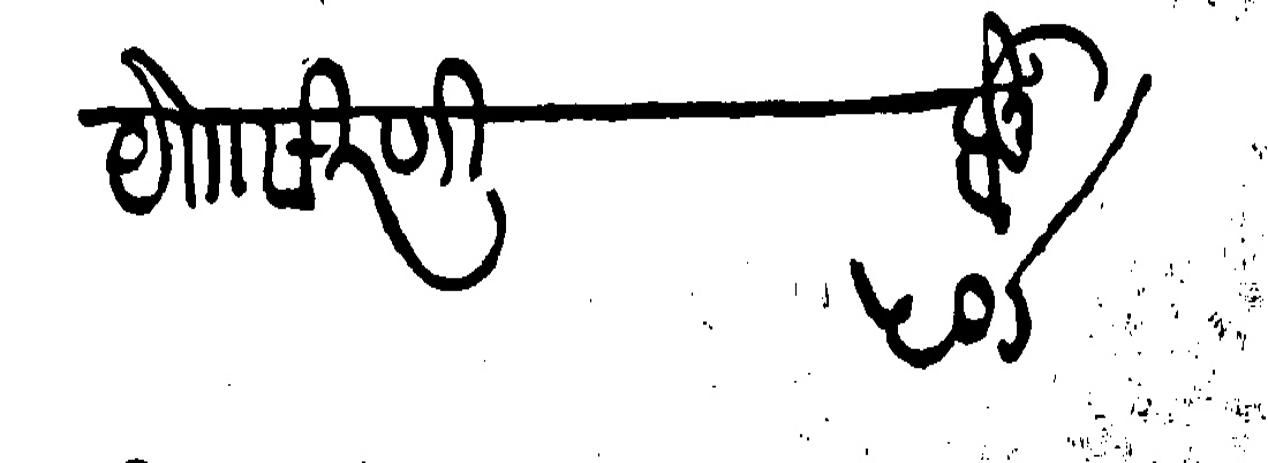
Transliteration (Devanagari): या सिरणी होनू ५०८